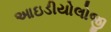
આઇડીયોલોજી